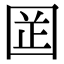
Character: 𡇬